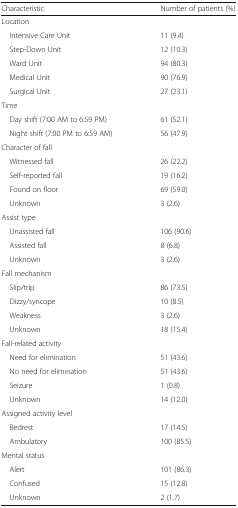
<table><thead><tr><td><b>Characteristic</b></td><td><b>Number of patients (%)</b></td></tr></thead><tbody><tr><td colspan="2">Location</td></tr><tr><td> Intensive Care Unit</td><td>11 (9.4)</td></tr><tr><td> Step-Down Unit</td><td>12 (10.3)</td></tr><tr><td> Ward Unit</td><td>94 (80.3)</td></tr><tr><td> Medical Unit</td><td>90 (76.9)</td></tr><tr><td> Surgical Unit</td><td>27 (23.1)</td></tr><tr><td colspan="2">Time</td></tr><tr><td> Day shift (7:00 AM to 6:59 PM)</td><td>61 (52.1)</td></tr><tr><td> Night shift (7:00 PM to 6:59 AM)</td><td>56 (47.9)</td></tr><tr><td colspan="2">Character of fall</td></tr><tr><td> Witnessed fall</td><td>26 (22.2)</td></tr><tr><td> Self-reported fall</td><td>19 (16.2)</td></tr><tr><td> Found on floor</td><td>69 (59.0)</td></tr><tr><td> Unknown</td><td>3 (2.6)</td></tr><tr><td colspan="2">Assist type</td></tr><tr><td> Unassisted fall</td><td>106 (90.6)</td></tr><tr><td> Assisted fall</td><td>8 (6.8)</td></tr><tr><td> Unknown</td><td>3 (2.6)</td></tr><tr><td colspan="2">Fall mechanism</td></tr><tr><td> Slip/trip</td><td>86 (73.5)</td></tr><tr><td> Dizzy/syncope</td><td>10 (8.5)</td></tr><tr><td> Weakness</td><td>3 (2.6)</td></tr><tr><td> Unknown</td><td>18 (15.4)</td></tr><tr><td colspan="2">Fall-related activity</td></tr><tr><td> Need for elimination</td><td>51 (43.6)</td></tr><tr><td> No need for elimination</td><td>51 (43.6)</td></tr><tr><td> Seizure</td><td>1 (0.8)</td></tr><tr><td> Unknown</td><td>14 (12.0)</td></tr><tr><td colspan="2">Assigned activity level</td></tr><tr><td> Bedrest</td><td>17 (14.5)</td></tr><tr><td> Ambulatory</td><td>100 (85.5)</td></tr><tr><td colspan="2">Mental status</td></tr><tr><td> Alert</td><td>101 (86.3)</td></tr><tr><td> Confused</td><td>15 (12.8)</td></tr><tr><td> Unknown</td><td>2 (1.7)</td></tr></tbody></table>